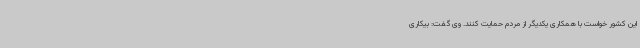
این کشور خواست با همکاری یکدیگر از مردم حمایت کنند. وی گفت: بیکاری